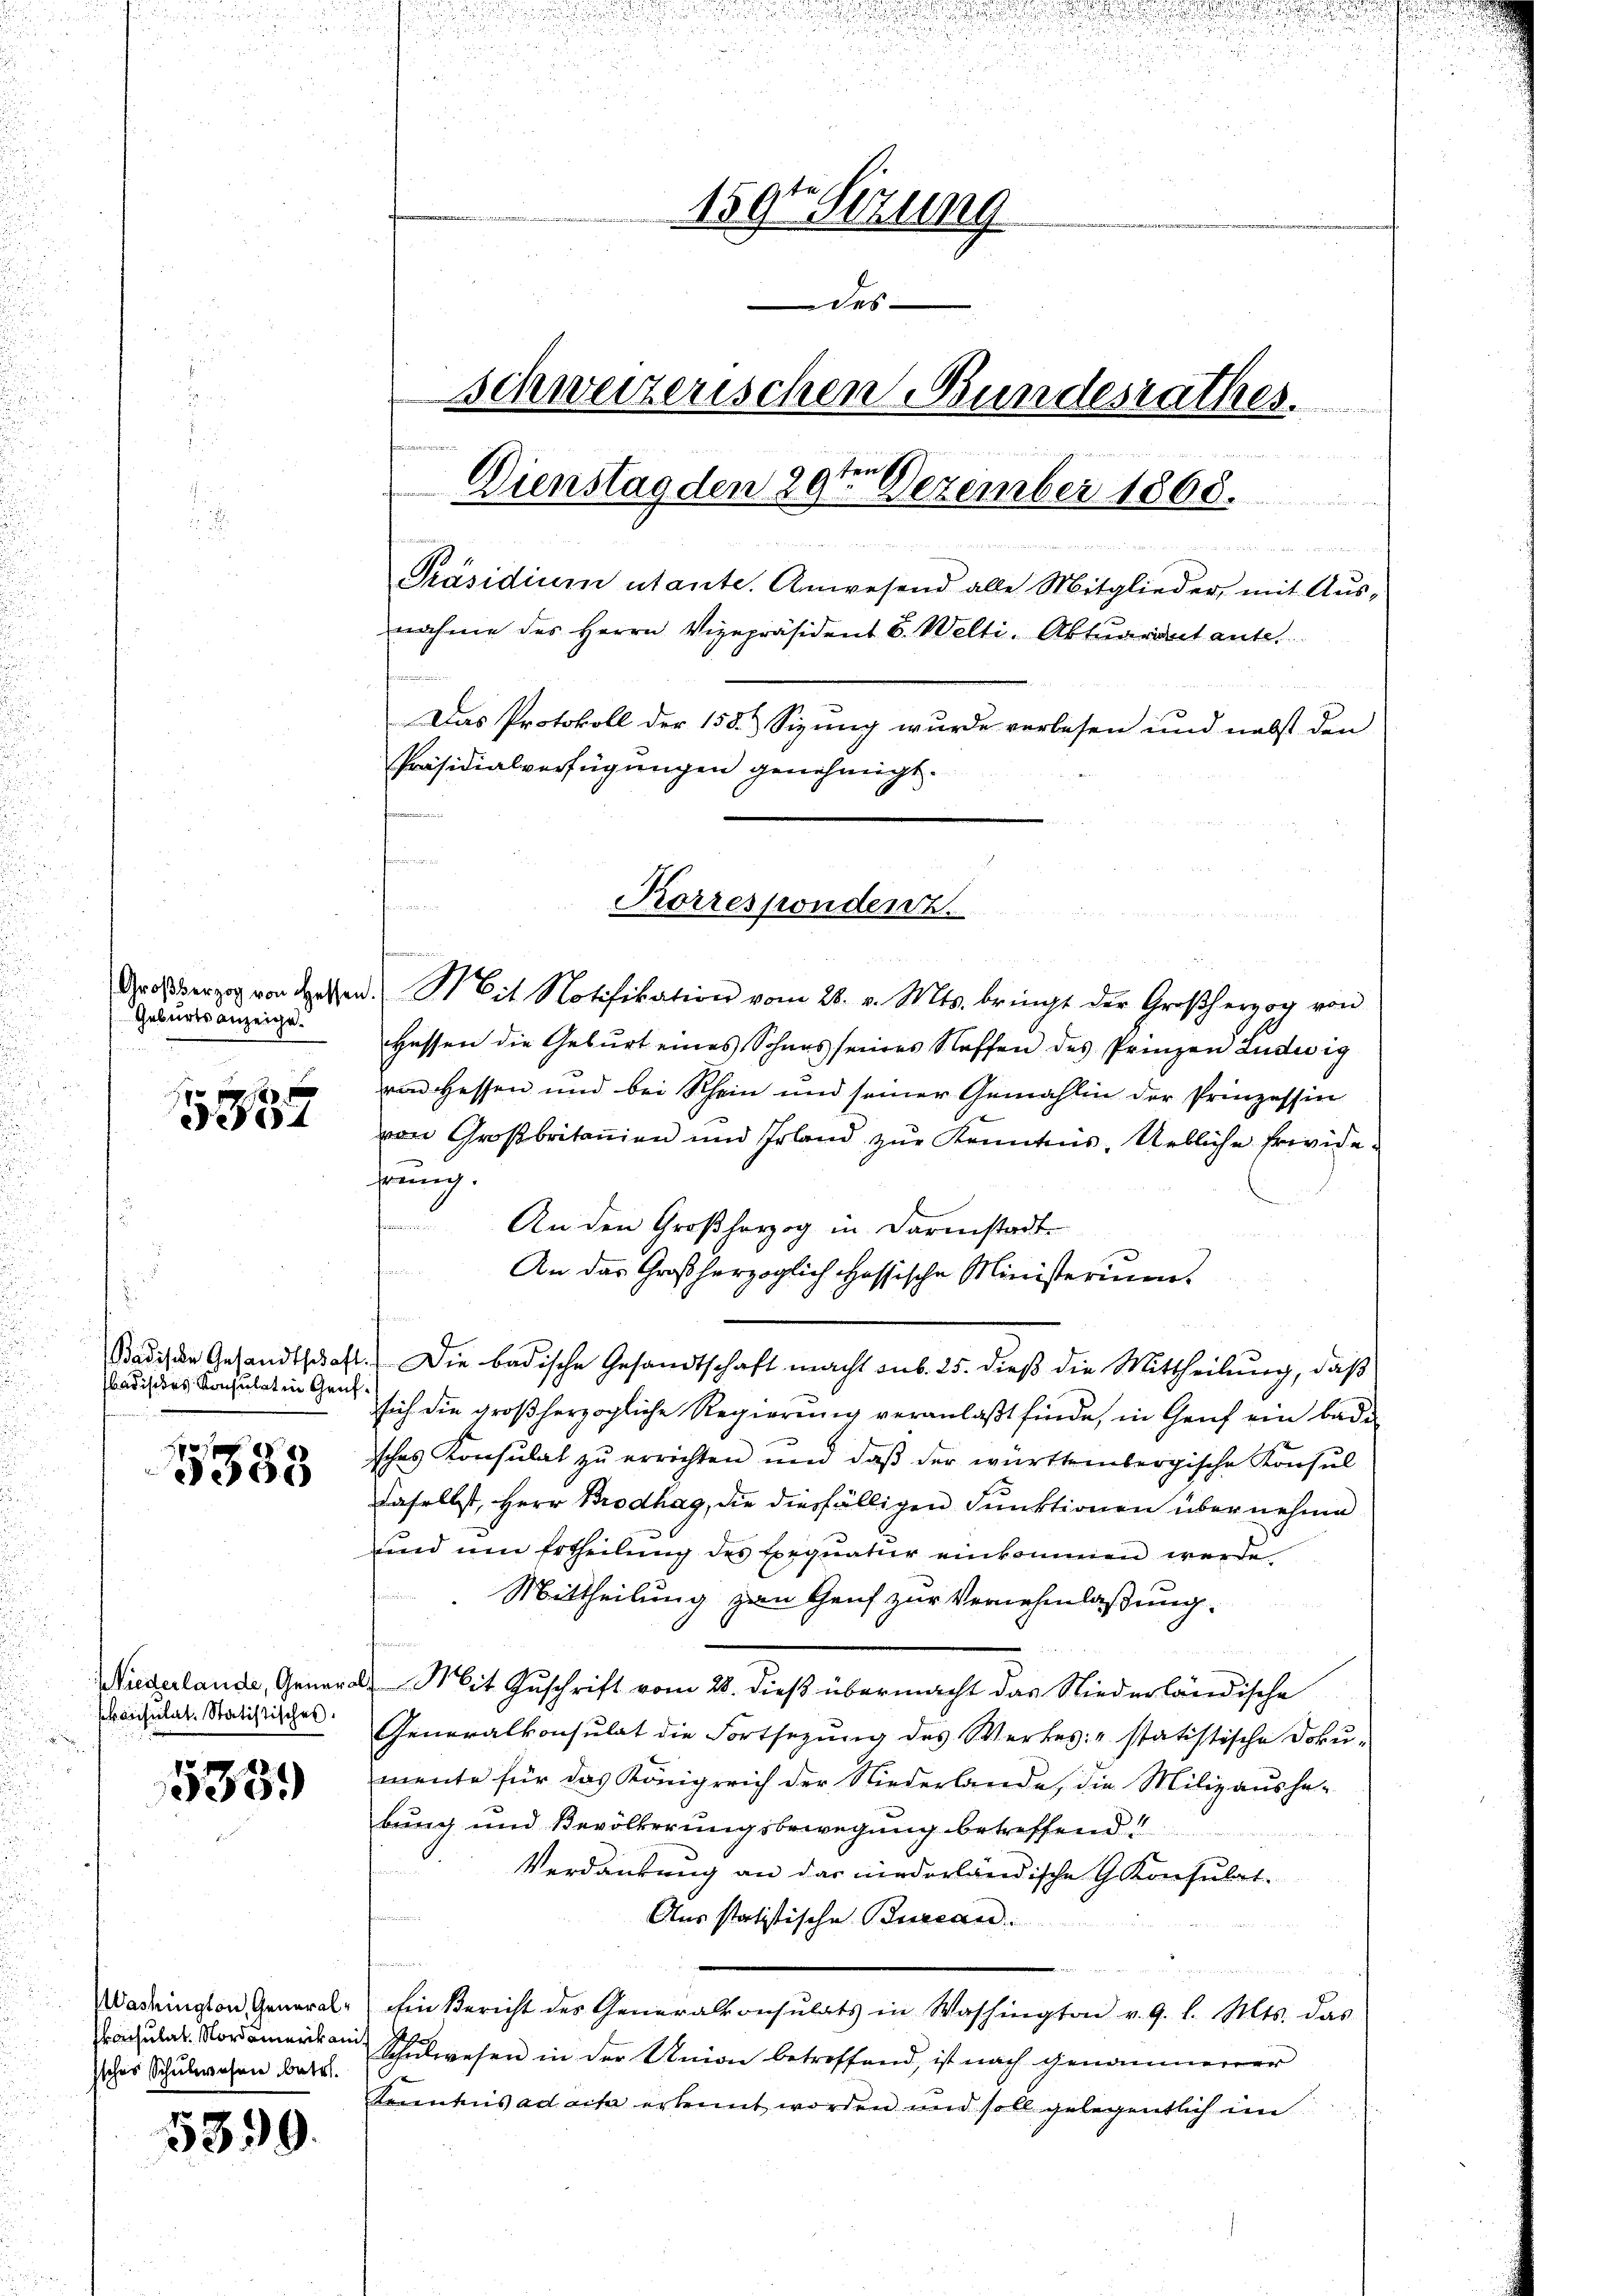
Geburtsanzeige.

. 188
64

badisches Konsulat in Genf.

5333

Wiederlande, General
konsulat. Statistisches.

535.

Washington, Generalkonsulat. Nordamerikani
ssches Schulwesen betr.

5399.

.
d

n
u
e
159t Setzung
des
Schweizerischen Bundesrathes.

eusch
Dienstag den 29. Dezember 1800.

de aus wie ich in den werden, in eine einer ver
Präsidium utante. Anwesend alle Mitglieder, mit Ausnahme des Herrn Vizepräsident C. Welti. Aktuariat ante.
Das Protokoll der 158.) Sizung wurde verlesen und nebst den
Präsidialverfügungen genehmigt.

n

Korrespondenz.

Großherzog von dessen. Mit Notifikation vom 28. v. Mts. bringt der Großherzog von
Hessen die Geburt eines Sohnes seines Stoffen des Prinzen Ludwig
von Hessen und bei Schein und seiner Gemahlin der Prinzessin
von Großbritanien und Erland zur Kenntnis, Uebliche Erwide
hrung.
An den Großherzog in Darmstadt-
An das Großherzoglich Hassische Ministerium.
Badische Gesandtschaft. Die badische Gesandtschaft macht sub. 25. dieß die Mittheilung, daß
sich die großherzogliche Regierung veranlaßt finde, in Genf ein bade
sches Konsulat zŭ errichten und daβ der württembergische Konsul
daselbst, Herr Brodhag, die diesfälligen Funktionen übernehme
und um Ertheilung des Exequatur einkommen werde
Mittheilung zum Genf zur Vernehmlaßung.
u
Mit Zuschrift vom 28. dieß übermacht das Niederländische
Generalkonsulat die Fortsezung des Werkes: " statistische Doku-
mente für das Königreich der Niederlande, die Milizausha-
bung und Bevölkerungsbewegung betreffend

Verdankung an das niederländische G. Konsulat
Aus statistische Burcan
e
hin Bericht des Generalkonsulats in Washington v. 9. l. Mts. das
Schŭlwesen in der Union betreffend, ist nach genommener
Kenntnis ad acta erkennt worden und soll gelegentlich im

d